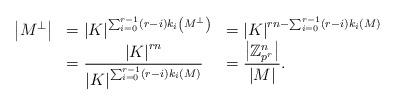
LaTeX: \begin{align*}\begin{array}{rll}\left|M^{\perp}\right|&=\left|K\right|^{\sum_{i=0}^{r-1}\left(r-i\right)k_{i}\left(M^{\perp}\right)}&=\left|K\right|^{rn-\sum_{i=0}^{r-1}\left(r-i\right)k_{i}\left(M\right)}\\&=\dfrac{\left|K\right|^{rn}}{\left|K\right|^{\sum_{i=0}^{r-1}\left(r-i\right)k_{i}\left(M\right)}}&=\dfrac{\left|\mathbb{Z}_{p^{r}}^{n}\right|}{\left|M\right|}.\end{array}\end{align*}